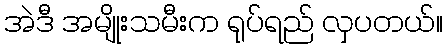
အဲဒီ အမျိုးသမီးက ရုပ်ရည် လှပတယ်။